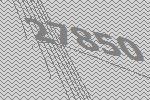
27850